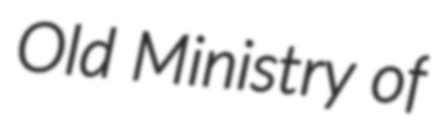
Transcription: Old Ministry of